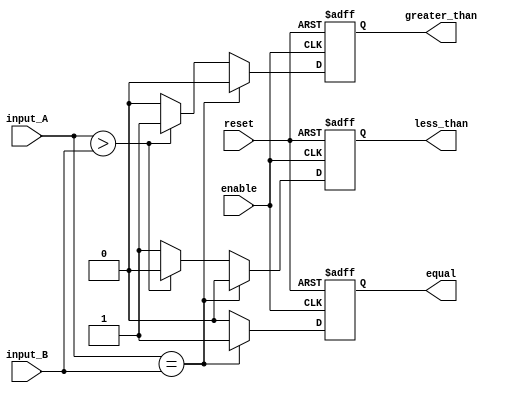
module comparator (
    input [7:0] input_A,
    input [7:0] input_B,
    input enable,
    input reset,
    output equal,
    output greater_than,
    output less_than
);

reg equal, greater_than, less_than;

always @ (posedge enable or posedge reset) begin
    if (reset) begin
        equal <= 1'b0;
        greater_than <= 1'b0;
        less_than <= 1'b0;
    end else begin
        if (input_A == input_B) begin
            equal <= 1'b1;
            greater_than <= 1'b0;
            less_than <= 1'b0;
        end else if (input_A > input_B) begin
            equal <= 1'b0;
            greater_than <= 1'b1;
            less_than <= 1'b0;
        end else begin
            equal <= 1'b0;
            greater_than <= 1'b0;
            less_than <= 1'b1;
        end
    end
end

endmodule